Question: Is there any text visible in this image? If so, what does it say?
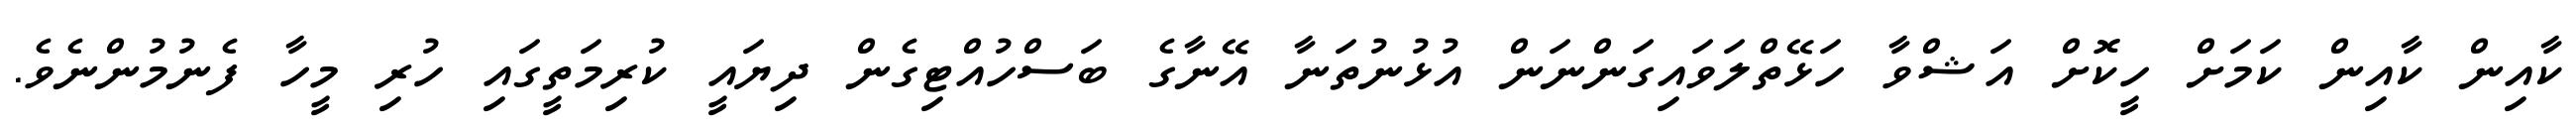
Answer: ކާއިން ކާއިން ކަމަށް ހީކޮށް އަޝްވާ ހަޅޭތްލަވައިގަންނަން އުޅުނުތަނާ އޭނާގެ ބަސްހުއްޓިގެން ދިޔައީ ކުރިމަތީގައި ހުރި މީހާ ފެނުމުންނެވެ.